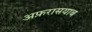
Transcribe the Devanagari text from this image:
अफ़रासयाब